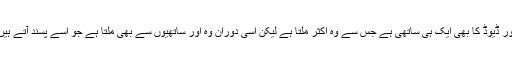
اور ڈیوڈ کا بھی ایک ہی ساتھی ہے جس سے وہ اکثر ملتا ہے لیکن اسی دوران وہ اور ساتھیوں سے بھی ملتا ہے جو اسے پسند آتے ہیں۔